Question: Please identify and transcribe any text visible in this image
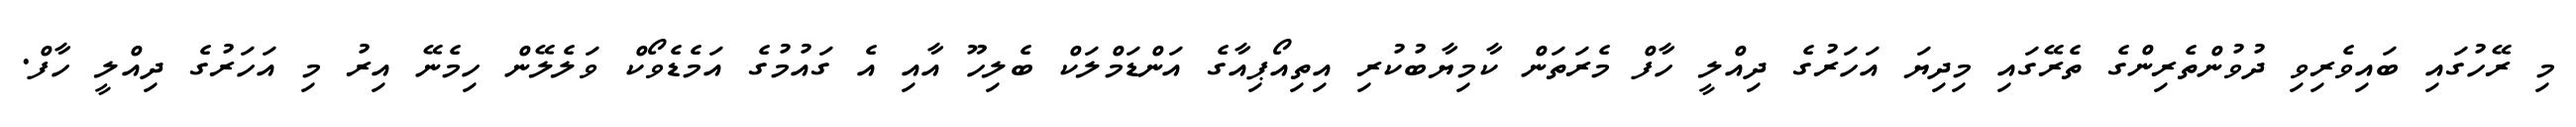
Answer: މި ރޭހުގައި ބައިވެރިވި ދުވުންތެރިންގެ ތެރޭގައި މިދިޔަ އަހަރުގެ ދިއްލީ ހާފް މެރަތަން ކާމިޔާބުކުރި އިތިއޯޕިއާގެ އަންޑަމްލަކް ބެލިހޫ އާއި އެ ގައުމުގެ އަމެޑެވޯކް ވަލެލޭން ހިމެނޭ އިރު މި އަހަރުގެ ދިއްލީ ހާފް.